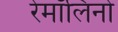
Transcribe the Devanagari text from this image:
रेमॉलिनो